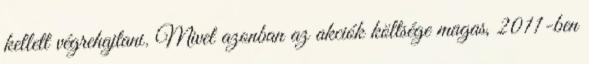
kellett végrehajtani. Mivel azonban az akciók költsége magas, 2011-ben